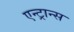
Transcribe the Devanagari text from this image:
एन्ट्रान्स